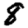
Digit: 8